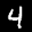
Label: 4